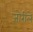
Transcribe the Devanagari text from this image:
जोरीले